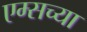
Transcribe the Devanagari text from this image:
एम्सच्या